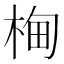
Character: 㭵